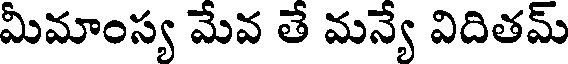
మీమాంస్య మేవ తే మన్యే విదితమ్